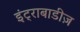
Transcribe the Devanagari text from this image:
इंट्राबाडीज़